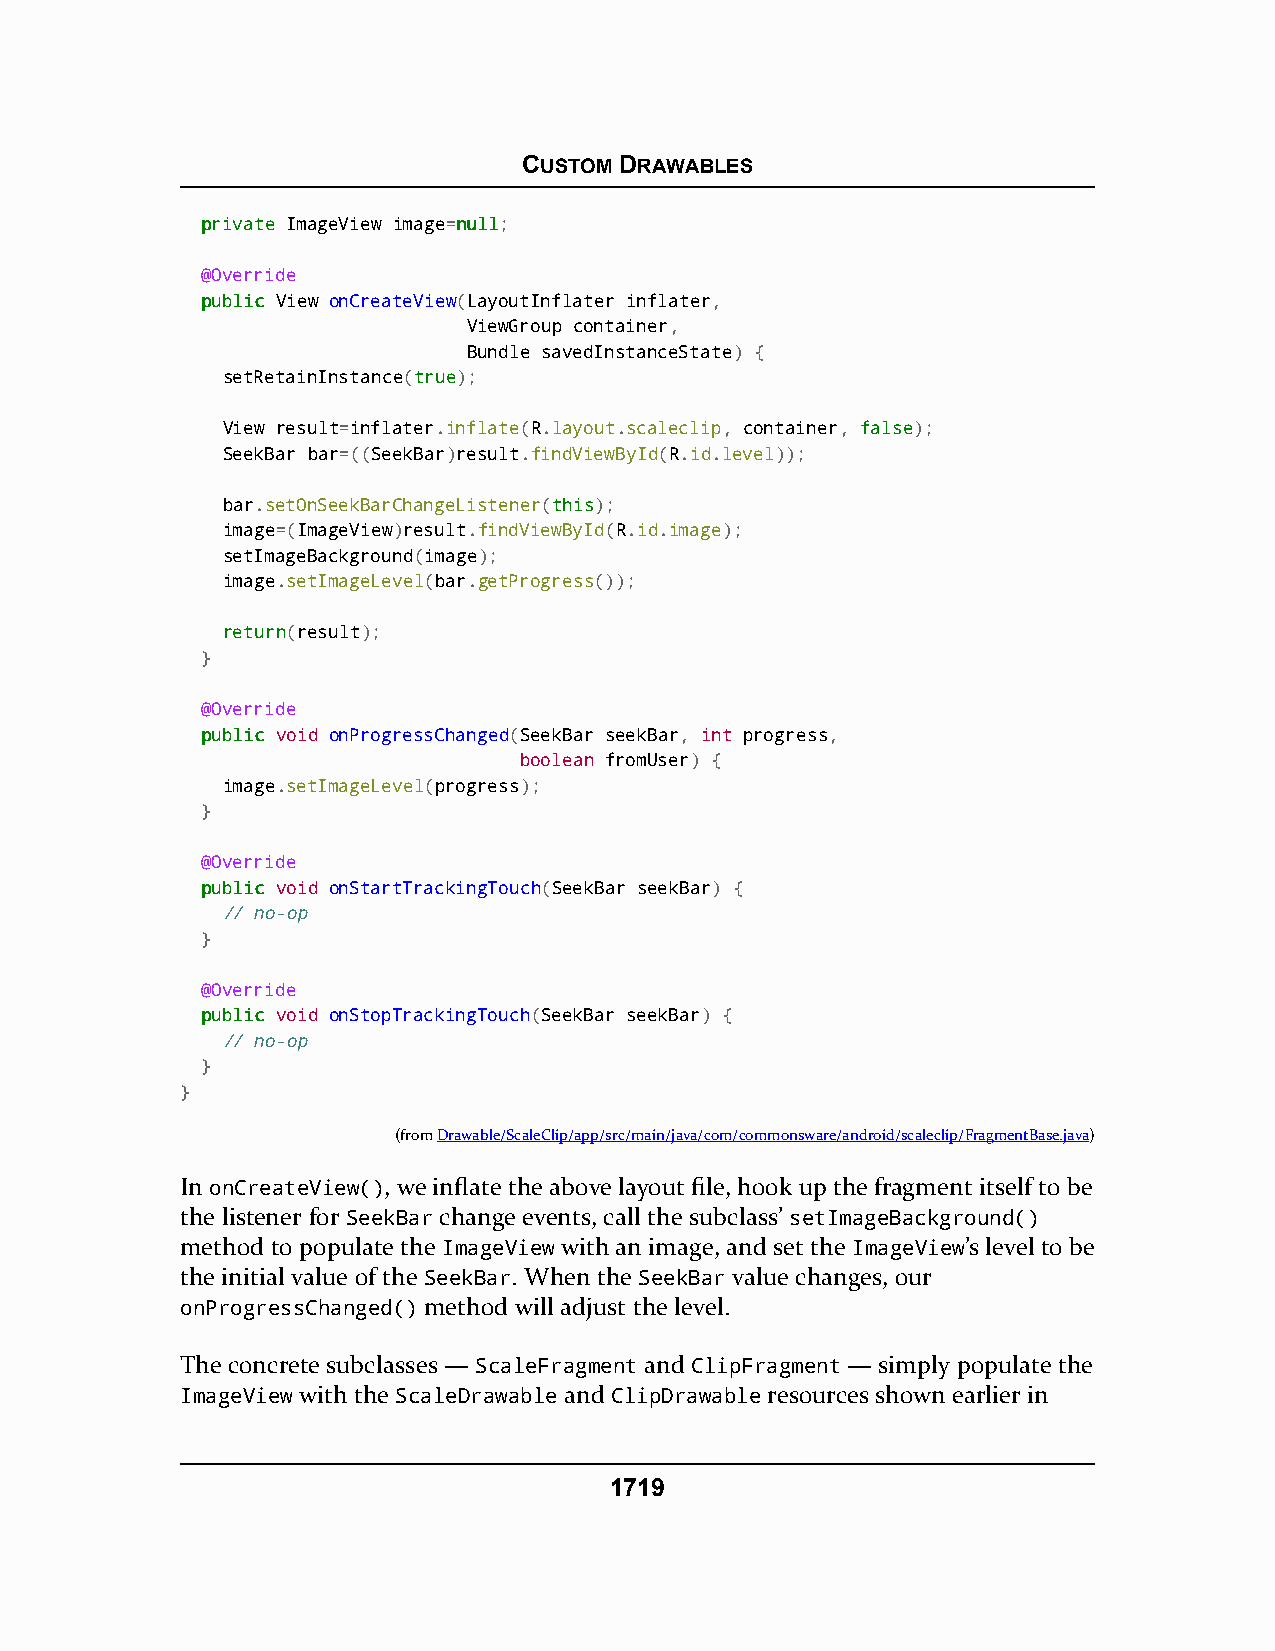
CUSTOM DRAWABLES
 pprriivvaattee ImageView image=nnuullll;
 @Override
 ppuubblliicc View onCreateView(LayoutInflater inflater,
 ViewGroup container,
 Bundle savedInstanceState) {
 setRetainInstance(ttrruuee);
 View result=inflater.inflate(R.layout.scaleclip, container, ffaallssee);
 SeekBar bar=((SeekBar)result.findViewById(R.id.level));
 bar.setOnSeekBarChangeListener(tthhiiss);
 image=(ImageView)result.findViewById(R.id.image);
 setImageBackground(image);
 image.setImageLevel(bar.getProgress());
 rreettuurrnn(result);
 }
 @Override
 ppuubblliicc void onProgressChanged(SeekBar seekBar, int progress,
 boolean fromUser) {
 image.setImageLevel(progress);
 }
 @Override
 ppuubblliicc void onStartTrackingTouch(SeekBar seekBar) {
 // no-op
 }
 @Override
 ppuubblliicc void onStopTrackingTouch(SeekBar seekBar) {
 // no-op
 }
 }
 (fromDrawable/ScaleClip/app/src/main/java/com/commonsware/android/scaleclip/FragmentBase.java)
 In onCreateView(), we inflate the above layout file, hook up the fragment itself to be
 the listener for SeekBar change events, call the subclass’ setImageBackground()
 method to populate the ImageView with an image, and set the ImageView’s level to be
 the initial value of the SeekBar. When the SeekBar value changes, our
 onProgressChanged() method will adjust the level.
 The concrete subclasses — ScaleFragment and ClipFragment — simply populate the
 ImageView with the ScaleDrawable and ClipDrawable resources shown earlier in
 1719